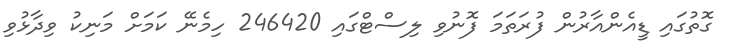
ގޮތުގައި ޑީއެންއާރުން ފުރަތަމަ ފޮނުވި ލިސްޓްގައި 246420 ހިމެނޭ ކަމަށް މަނިކު ވިދާޅުވި